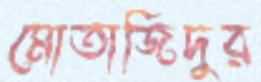
মোতাজিদুর